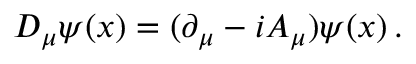
D _ { \mu } \psi ( x ) = ( \partial _ { \mu } - i A _ { \mu } ) \psi ( x ) \, .